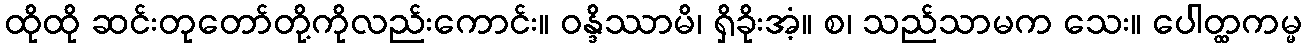
ထိုထို ဆင်းတုတော်တို့ကိုလည်းကောင်း။ ဝန္ဒိဿာမိ၊ ရှိခိုးအံ့။ စ၊ သည်သာမက သေး။ ပေါတ္ထကမ္မ